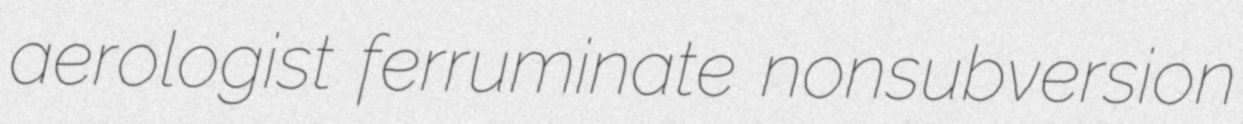
aerologist ferruminate nonsubversion